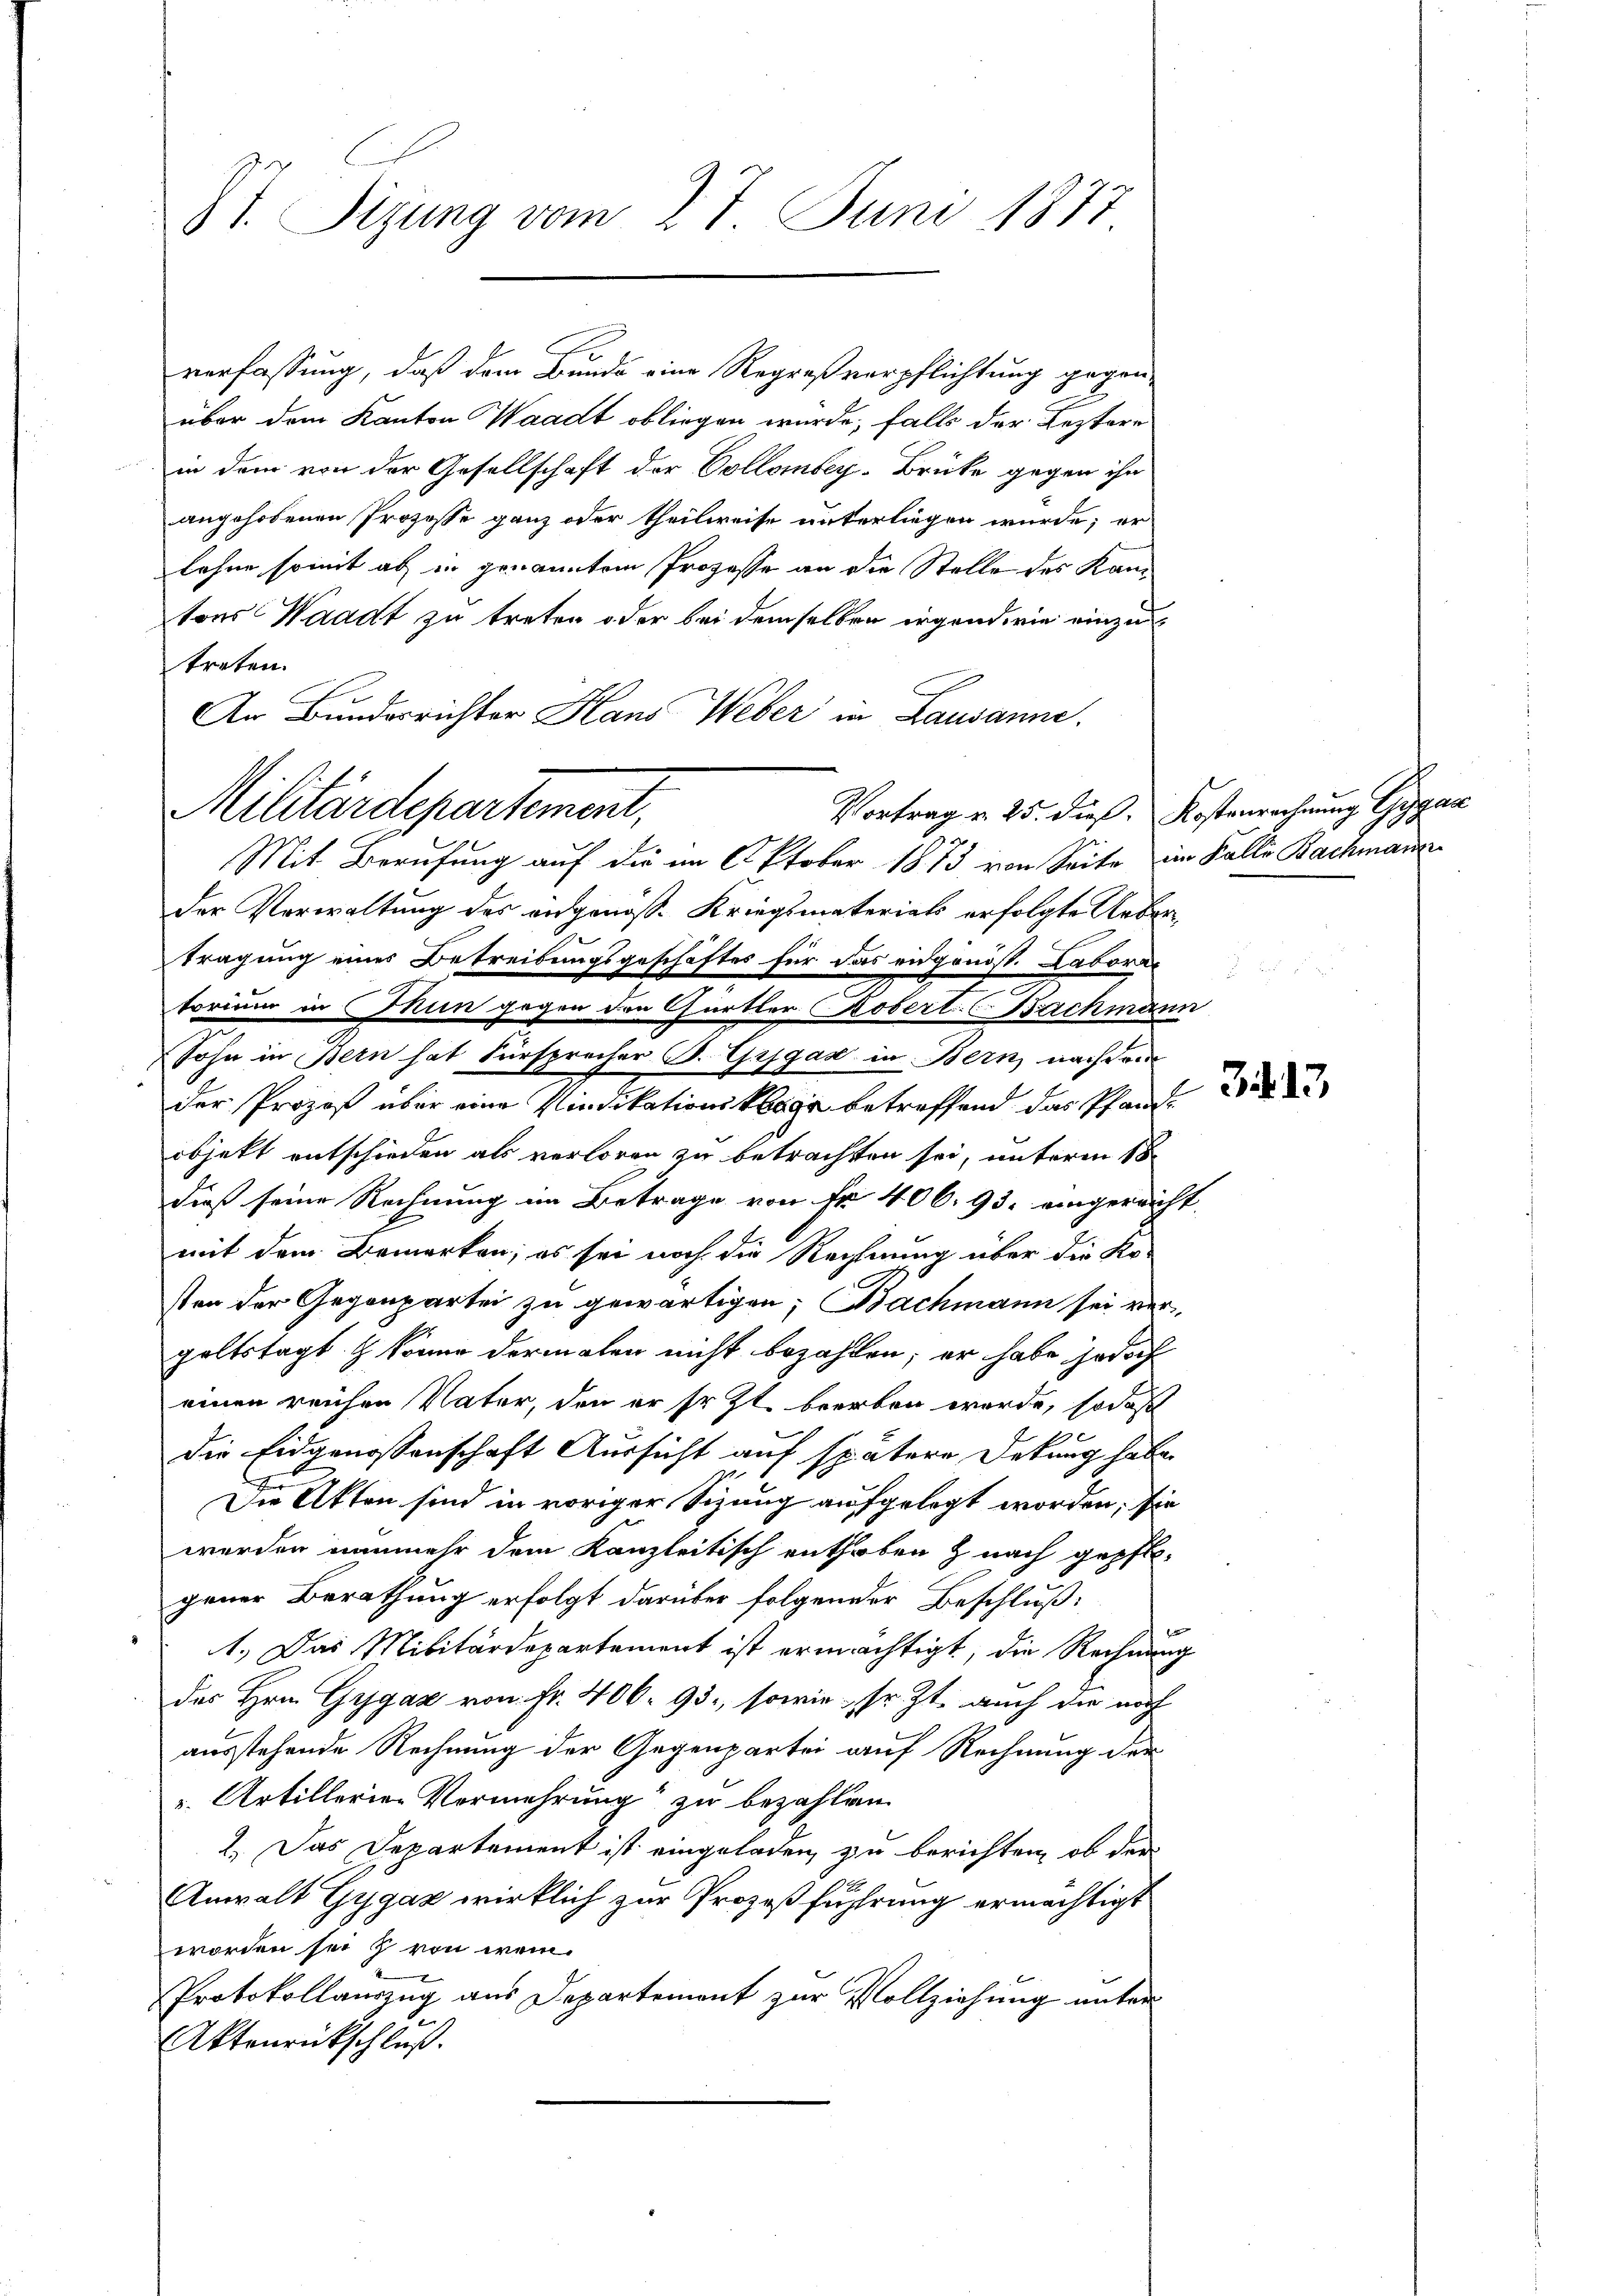
ST. Tigung vom 27. Juni 1877

verfassung, daß dem Bunde eine Regreßverpflichtung gegen-
über dem Kanton Waadt obliegen wurde, falls der Leztere
in dem von der Gesellschaft der Collombey-Brücke gegen ihn
angehobenen Prozesse ganz oder theilweise unterliegen würde; er
lohne somit als in genanntem Prozesse an die Stelle des Kantons Waadt zu treten oder bei demselben irgend wie einzutreten.
An Bundesrichter Hans Weber in Lausanne.
Mit Berufung auf die im Oktober 1873 von Seite im Falle Bachmann
der Verwaltung des angenosse Kriegsmateriats erfolgte Ueber¬
Tragung eines Betreibungsgeschäftes für das eidgenöss. Laboratorium in Chun gegen den Gärtler Kobert. Bachmann
Sohn in Bern hat Fürsprecher B. Giganz in Bern nach dem
der Prozeß über eine Vindikationsklage betreffend das Pfandobjekt entschieden als verloren zu betrachten sei, unterm 18t
dieß seine Rechnung im Betrage von Fr. 406. 93. eingereicht
mit dem Bemerken; es sei noch die Rechnung über die Ka-
sten der Gegenpartei zu gewärtigen; Bachmann sei verhaltstagt & könne dermalen nicht bezahlen; er habe jedoch
einen reichen Vater, den er sr. Zt. beerben wurde, sodas
die Eidgenossenschaft Aussicht auf spätere Dekung haben
Die Akten sind in voriger Sizung aufgelegt worden; sie
werden nunmehr dem Kanzleitisch enthoben z nach gepfl
gener Berathung erfolgt darüber folgender Beschluß:
1.) Das Militärdepartement ist ermächtigt, die Rechnung
des Hrn. Gygaz von Fr. 406. 93, sowie sr. Zt. auch die noch
ausstehende Rechnung der Gegenpartei auf Rechnung der
u. Artillerien Vermehrung zu bezahlen.
2.) Das Departement ist eingeladen, zu berichten, ob der
Anwalt Gygaz wirklich zur Prozeßführung ermächtigt
worden sei & von wem
Protokollauszug aus Departement zur Vollziehung unter
Aktenrückschluß.

Militärdepartement,

Vortrag v. 25. dieß. Kostenrechnung Gygaz

3413